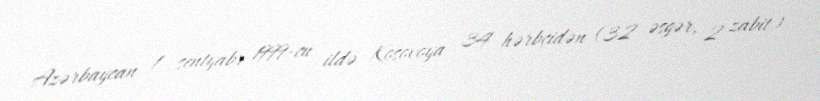
Azərbaycan 1 sentyabr 1999-cu ildə Kosovoya 34 hərbçidən (32 əsgər, 2 zabit)